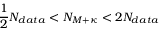
\frac { 1 } { 2 } N _ { d a t a } < N _ { M + \kappa } < 2 N _ { d a t a }